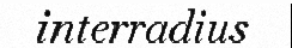
interradius